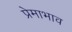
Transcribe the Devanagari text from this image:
प्रेमाभाव